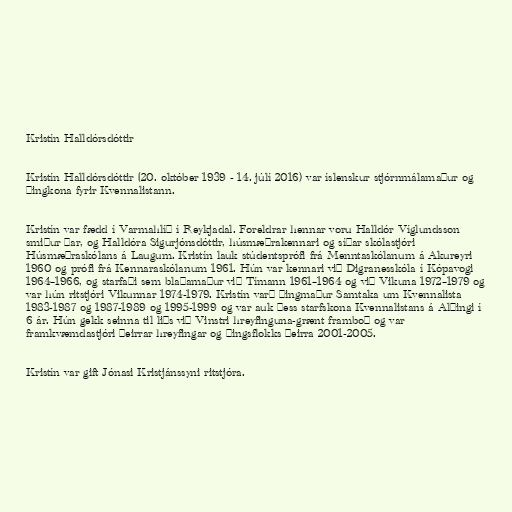
Kristín Halldórsdóttir

Kristín Halldórsdóttir (20. október 1939 - 14. júlí 2016) var íslenskur stjórnmálamaður og
þingkona fyrir Kvennalistann.

Kristín var fædd í Varmahlíð í Reykjadal. Foreldrar hennar voru Halldór Víglundsson
smiður þar, og Halldóra Sigurjónsdóttir, húsmæðrakennari og síðar skólastjóri
Húsmæðraskólans á Laugum. Kristín lauk stúdentsprófi frá Menntaskólanum á Akureyri
1960 og prófi frá Kennaraskólanum 1961. Hún var kennari við Digranesskóla í Kópavogi
1964–1966, og starfaði sem blaðamaður við Tímann 1961–1964 og við Vikuna 1972–1979 og
var hún ritstjóri Vikunnar 1974-1979. Kristín varð þingmaður Samtaka um Kvennalista
1983-1987 og 1987-1989 og 1995-1999 og var auk þess starfskona Kvennalistans á Alþingi í
6 ár. Hún gekk seinna til liðs við Vinstri hreyfinguna-grænt framboð og var
framkvæmdastjóri þeirrar hreyfingar og þingsflokks þeirra 2001-2005.

Kristín var gift Jónasi Kristjánssyni ritstjóra.